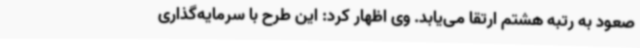
صعود به رتبه هشتم ارتقا می‌یابد. وی اظهار کرد: این طرح با سرمایه‌گذاری